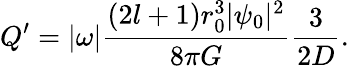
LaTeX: Q^{\prime}=|\omega|\frac{(2l+1)r_{0}^{3}|\psi_{0}|^{2}}{8\pi G}\frac{3}{2D}.